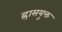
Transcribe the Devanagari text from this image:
ह्रासयुक्त